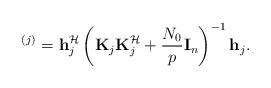
LaTeX: \begin{align*}^{(j)}=\mathbf{h}_{j}^{\mathcal{H}}\left(\mathbf{K}_{j}\mathbf{K}_{j}^{\mathcal{H}}+\frac{N_{0}}{p}\mathbf{I}_{n}\right)^{-1}\mathbf{h}_{j}.\end{align*}